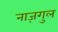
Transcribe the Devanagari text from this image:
नाज़गुल